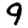
Digit: 9